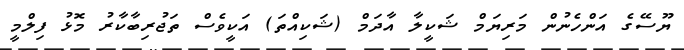
ޔޫސޭގެ އަންހެނުން މަރިޔަމް ޝަކީލާ އާދަމް (ޝަކިއްތަ) އަކީވެސް ތަޖުރިބާކާރު މޮޅު ފިލްމީ